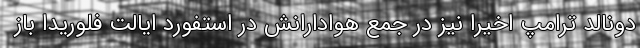
دونالد ترامپ اخیرا نیز در جمع هوادارانش در استفورد ایالت فلوریدا باز